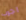
اجرب